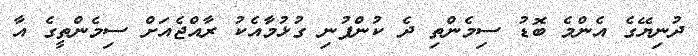
ދުނިޔޭގެ އެންމެ ބޮޑު ސިމެންތި ދެ ކުންފުނި ގުޅުމާއެކު ރާއްޖެއަށް ސިމެންތީގެ އާ